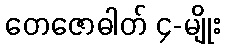
တေဇောဓါတ် ၄-မျိုး